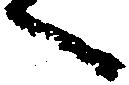
へ